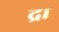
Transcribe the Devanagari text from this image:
द्रा